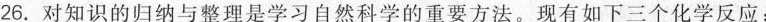
26.对知识的归纳与整理是学习自然科学的重要方法。现有如下三个化学反应：